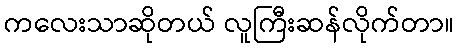
ကလေးသာဆိုတယ် လူကြီးဆန်လိုက်တာ။